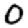
Digit: 0